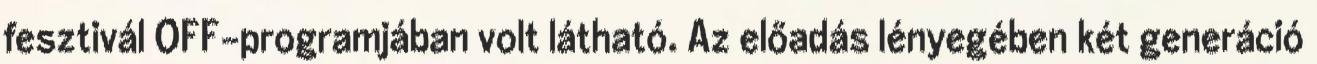
fesztivál OFF-programjában volt látható. Az előadás lényegében két generáció